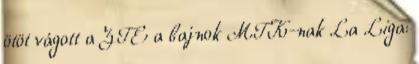
ötöt vágott a ZTE a bajnok MTK-nak La Liga: